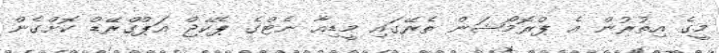
މީގެ އިތުރުން އެ ޕްރޮމޯޝަން ތެރޭގައި މީޑިއާ ނެޓްގެ ޕެކޭޖް އަޕްގްރޭޑް ކޮށްގެން